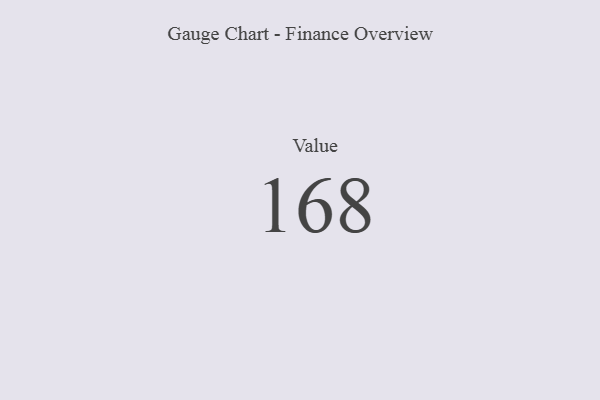
{"axis": {"x": "Metric", "y": "Value"}, "legend": [""], "data": [{"x": "Value", "y": 168, "type": ""}]}